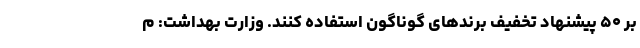
بر ۵۰ پیشنهاد تخفیف برندهای گوناگون استفاده کنند. وزارت بهداشت: م